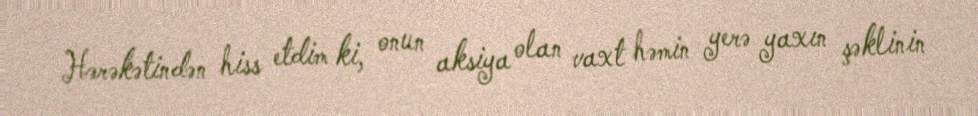
Hərəkətindən hiss etdim ki, onun aksiya olan vaxt həmin yerə yaxın şəklinin